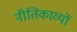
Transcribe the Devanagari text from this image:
नीतिकाव्यों